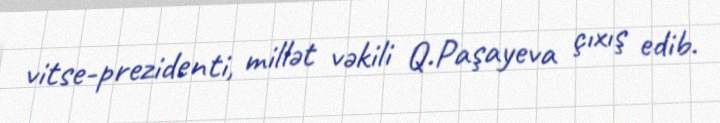
vitse-prezidenti, millət vəkili Q.Paşayeva çıxış edib.